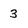
Character: 3